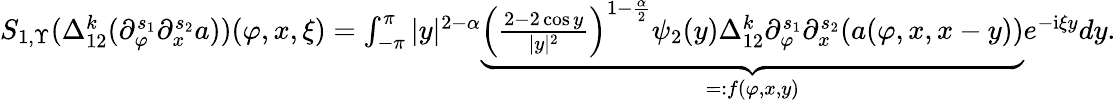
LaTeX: \begin{array}{r}{S_{1,\Upsilon}(\Delta_{12}^{k}(\partial_{\varphi}^{s_{1}}\partial_{x}^{s_{2}}a))(\varphi,x,\xi)=\int_{-\pi}^{\pi}|y|^{2-\alpha}\underbrace{\left(\frac{2-2\cos y}{|y|^{2}}\right)^{1-\frac{\alpha}2}\psi_{2}(y)\Delta_{12}^{k}\partial_{\varphi}^{s_{1}}\partial_{x}^{s_{2}}(a(\varphi,x,x-y))}_{=:f(\varphi,x,y)}e^{-\mathrm{i}\xi y}dy.}\end{array}